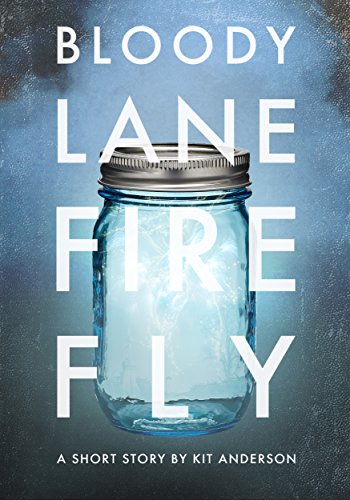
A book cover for BLOODY LANE FIRE FLY: An Independence Day Short Story About Fireworks and Growing Up; Kit Anderson; Children's Books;